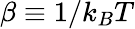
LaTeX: \beta\equiv 1/k_{B}T